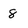
Character: 8